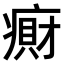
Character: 𫞭